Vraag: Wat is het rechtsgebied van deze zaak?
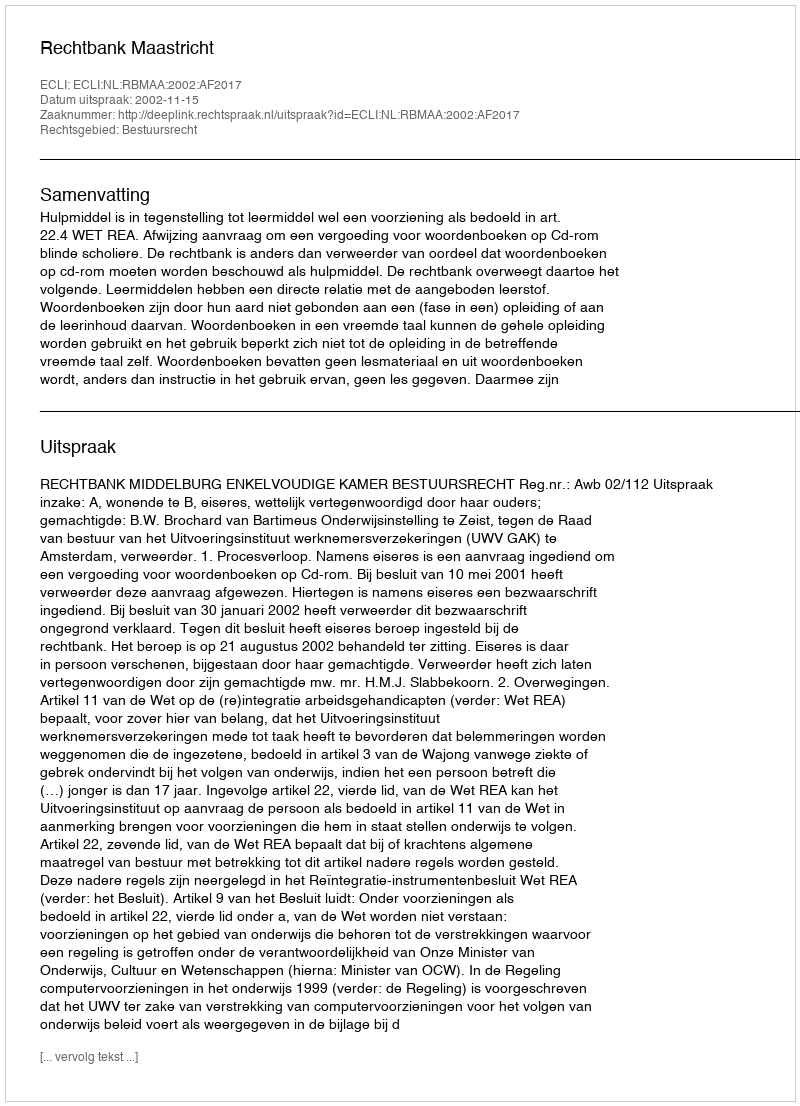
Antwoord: Bestuursrecht